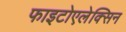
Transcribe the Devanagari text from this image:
फाइटोएलेक्सिन